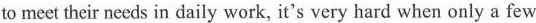
to meet their needs in daily work, it's very hard when only a few